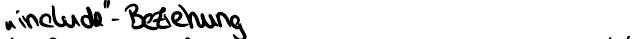
"""incluce"" - Beziehung"